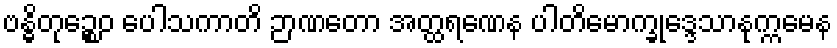
ဗန္ဓိတုဉ္စေဝ ပေါသကာတိ ဉာဏတော အတ္ထရဏေန ပါတိမောက္ခုဒ္ဒေသာနုက္ကမေန